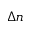
\Delta n